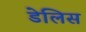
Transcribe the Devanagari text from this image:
डेलिस